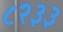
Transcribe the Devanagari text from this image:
८२३३